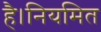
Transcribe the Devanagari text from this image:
है।नियमित